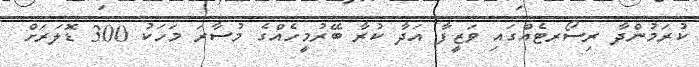
ކުރަމުންދާ ރިސޯރޓެއްގައި ވަޒީފާ އަދާ ކުރާ ބޭރުމީހެއްގެ މުސާރަ މަހަކު 300 ޑޮލަރަށް